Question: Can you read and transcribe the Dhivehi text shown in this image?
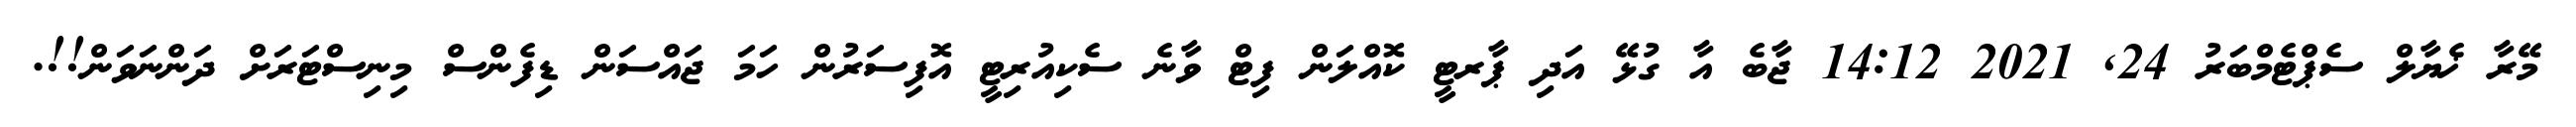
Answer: މޭރާ ޚެޔާލް ސެޕްޓެމްބަރު 24, 2021 14:12 ޖާބެ އާ ގުޅޭ އަދި ޕާރޓީ ކޮއްލަން ފިޓް ވާނެ ސެކިއުރިޓީ އޮފިސަރުން ހަމަ ޖައްސަން ޑިފެންސް މިނިސްޓަރަށް ދަންނަވަން!!.